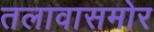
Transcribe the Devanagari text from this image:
तलावासमोर